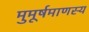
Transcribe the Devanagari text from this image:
मुमूर्षमाणस्य